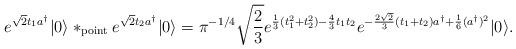
LaTeX: \begin{align*}e^{\sqrt{2} t_1 a^\dagger} \vert 0 \rangle *_{\rm point} e^{\sqrt{2} t_2 a^\dagger} \vert 0 \rangle = \pi^{-1/4}\sqrt{2\over 3} e^{{1\over 3} (t_1^2+t_2^2)-{4\over 3} t_1 t_2} e^{-{2\sqrt{2}\over 3}(t_1+t_2) a^\dagger + {1\over 6} (a^\dagger)^2 } \vert 0 \rangle.\end{align*}